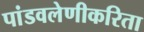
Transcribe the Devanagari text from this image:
पांडवलेणीकरिता